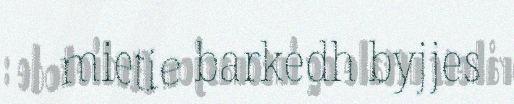
mietie barkedh byjjes